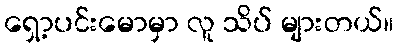
ရှော့ပင်းမောမှာ လူ သိပ် များတယ်။